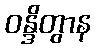
ဝန္ဒိတွာန